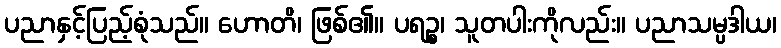
ပညာနှင့်ပြည့်စုံသည်။ ဟောတိ၊ ဖြစ်၏။ ပရဉ္စ၊ သူတပါးကိုလည်း။ ပညာသမ္ပဒါယ၊